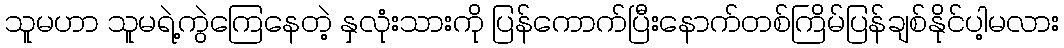
သူမဟာ သူမရဲ့ကွဲကြေနေတဲ့ နှလုံးသားကို ပြန်ကောက်ပြီးနောက်တစ်ကြိမ်ပြန်ချစ်နိုင်ပါ့မလား